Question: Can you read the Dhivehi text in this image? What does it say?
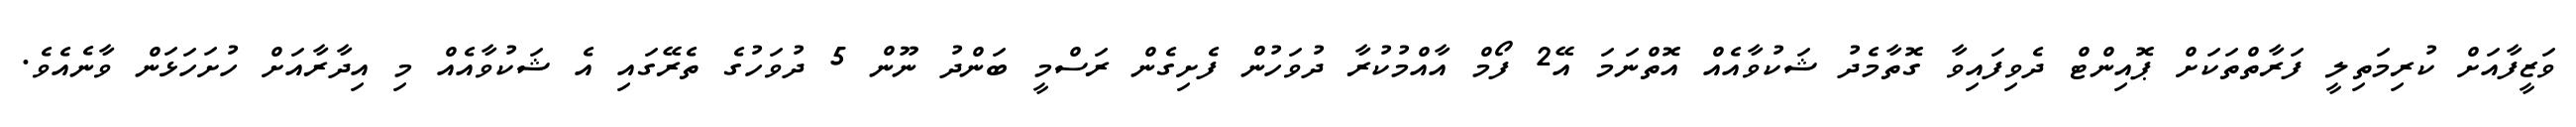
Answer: ވަޒީފާއަށް ކުރިމަތިލީ ފަރާތްތަކަށް ޕޮއިންޓް ދެވިފައިވާ ގޮތާމެދު ޝަކުވާއެއް އޮތްނަމަ އޭ2 ފޯމް އާއްމުކުރާ ދުވަހުން ފެށިގެން ރަސްމީ ބަންދު ނޫން 5 ދުވަހުގެ ތެރޭގައި އެ ޝަކުވާއެއް މި އިދާރާއަށް ހުށަހަޅަން ވާނެއެވެ.